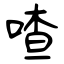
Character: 喳